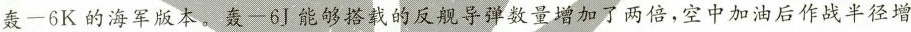
轰一6K的海军版本。轰一6J能够搭载的反舰导弹数量增加了两倍，空中加油后作战半径增